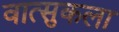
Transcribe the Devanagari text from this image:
वात्सुकला